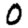
Digit: 0